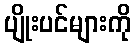
ပျိုးပင်များကို